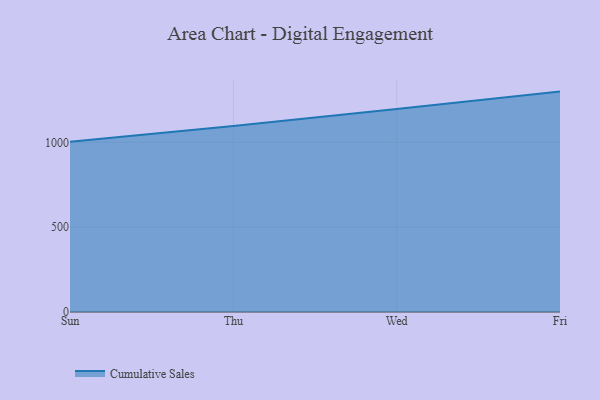
{"axis": {"x": "Day", "y": "Population (Million)"}, "legend": ["Cumulative Sales"], "data": [{"x": "Sun", "y": 1004.4, "type": "Cumulative Sales"}, {"x": "Thu", "y": 1096.6, "type": "Cumulative Sales"}, {"x": "Wed", "y": 1197.3, "type": "Cumulative Sales"}, {"x": "Fri", "y": 1299.8, "type": "Cumulative Sales"}]}